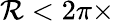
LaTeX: \mathcal{R}<2\pi\times